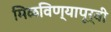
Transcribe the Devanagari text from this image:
मिळविण्यापूर्वी